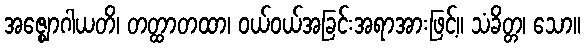
အဇ္ဈောဂါယတိ၊ တတ္ထာတထာ၊ ဝယ်ဝယ်အခြင်းအရာအားဖြင့်။ သံခိတ္တ၊ သော။